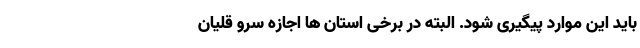
باید این موارد پیگیری شود. البته در برخی استان ‌ها اجازه سرو قلیان